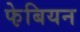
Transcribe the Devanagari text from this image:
फे़बियन